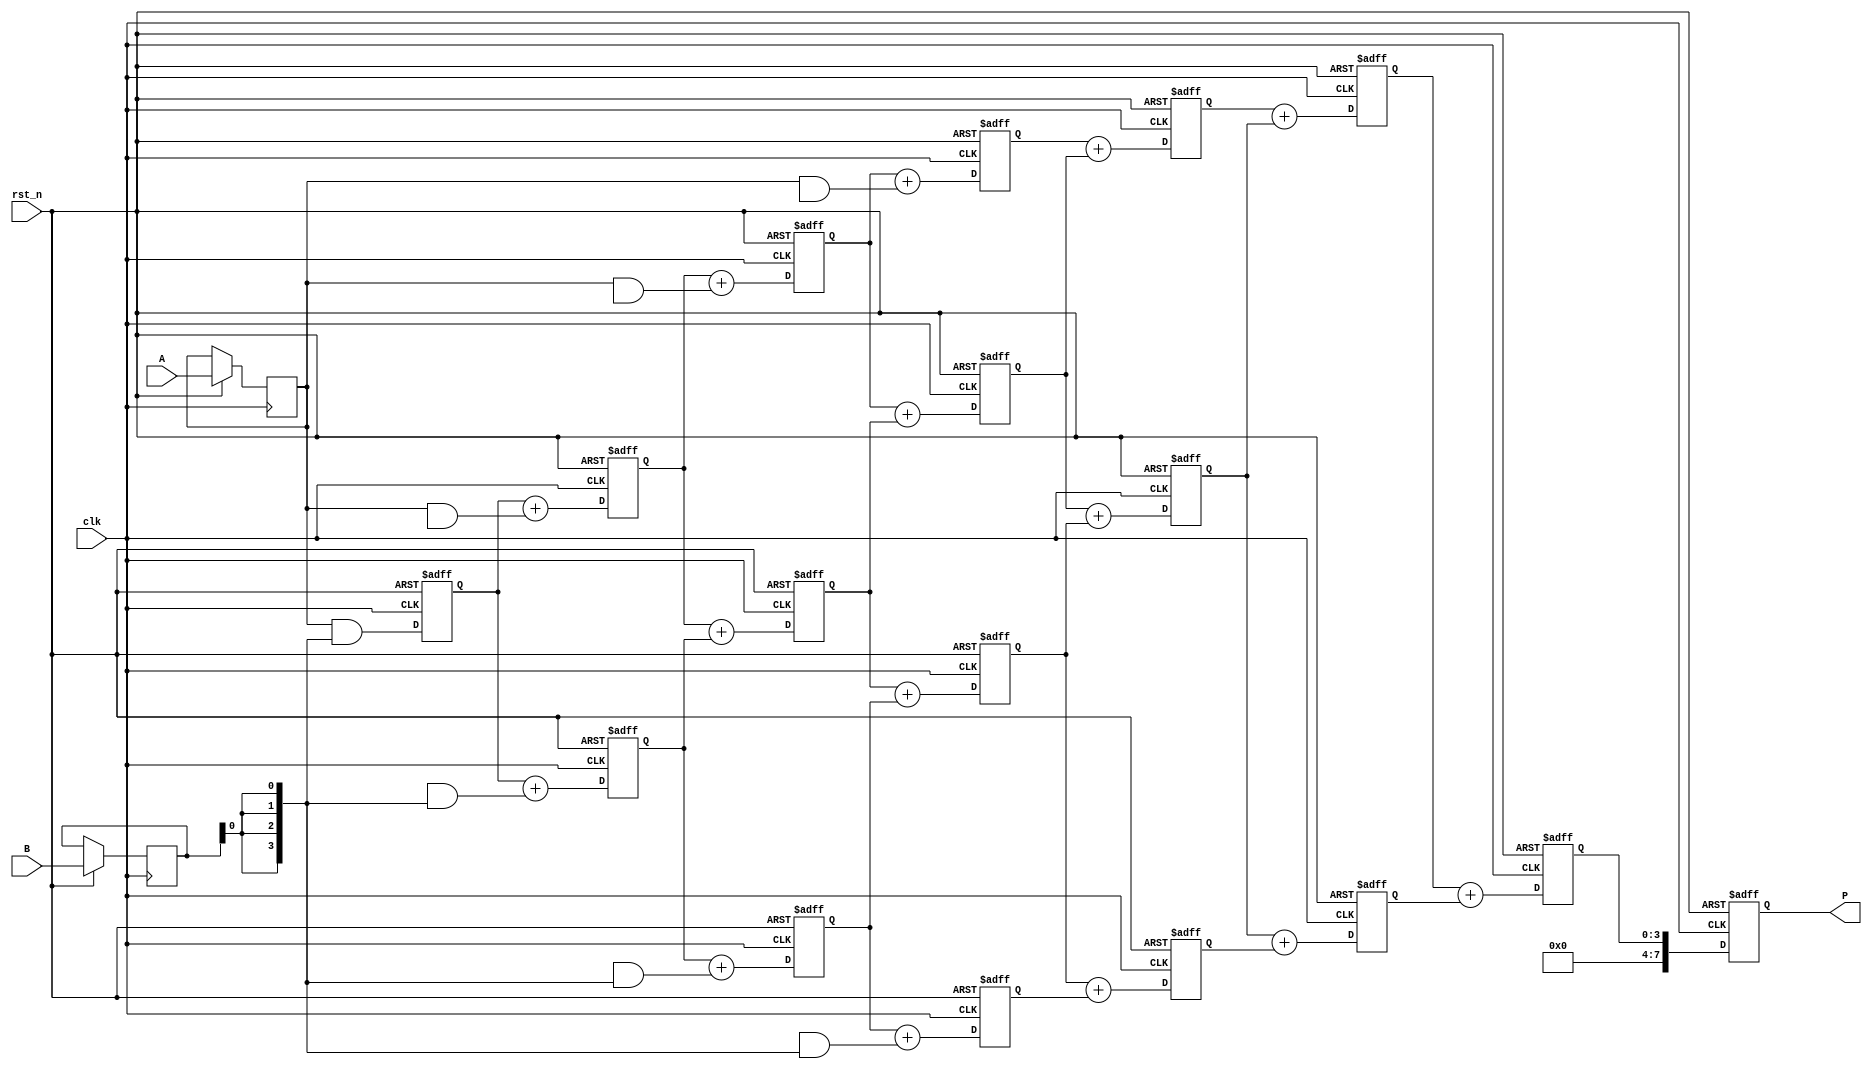
module systolic_multiplier (
    input wire clk,
    input wire rst_n,
    input wire [3:0] A,  // Multiplicand
    input wire [3:0] B,  // Multiplier
    output reg [7:0] P   // Product
);

    // Declare the processing elements (PEs)
    reg [3:0] pe [0:3][0:3]; // 4x4 grid of PEs
    reg [3:0] partial_product [0:3]; // Hold partial products for accumulation
    reg [3:0] row [0:3]; // Hold the current row of inputs from A
    reg [3:0] col [0:3]; // Hold the current column of inputs from B
    integer i, j;

    // Initialize the grid and registers
    always @(posedge clk or negedge rst_n) begin
        if (!rst_n) begin
            P <= 8'b0;
            for (i = 0; i < 4; i = i + 1) begin
                for (j = 0; j < 4; j = j + 1) begin
                    pe[i][j] <= 4'b0;
                end
            end
            for (i = 0; i < 4; i = i + 1) begin
                partial_product[i] <= 4'b0;
            end
        end else begin
            // Load inputs into the first row and column
            row[0] <= A;
            col[0] <= B;

            // Systolic array computation
            for (i = 0; i < 4; i = i + 1) begin
                for (j = 0; j < 4; j = j + 1) begin
                    if (i == 0 && j == 0) begin
                        // First PE computes the first partial product
                        pe[i][j] <= row[i] & {4{col[j][0]}};
                    end else if (i == 0) begin
                        // First row, propagate the column inputs
                        pe[i][j] <= pe[i][j-1] + (row[i] & {4{col[j][0]}});
                    end else if (j == 0) begin
                        // First column, propagate the row inputs
                        pe[i][j] <= pe[i-1][j] + (row[i] & {4{col[j][0]}});
                    end else begin
                        // General case: accumulate from left and top
                        pe[i][j] <= pe[i-1][j] + pe[i][j-1];
                    end
                end
            end

            // Collect final product from the last PE
            P <= pe[3][3];
        end
    end
endmodule